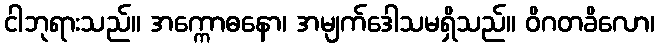
ငါဘုရားသည်။ အက္ကောဓနော၊ အမျက်ဒေါသမရှိသည်။ ဝိဂတခိလော၊